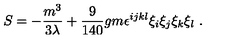
S = - \frac { m ^ { 3 } } { 3 \lambda } + \frac { 9 } { 1 4 0 } g m \epsilon ^ { i j k l } \xi _ { i } \xi _ { j } \xi _ { k } \xi _ { l } \ .